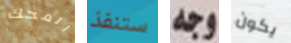
المحك ستنفذ وجه يكون